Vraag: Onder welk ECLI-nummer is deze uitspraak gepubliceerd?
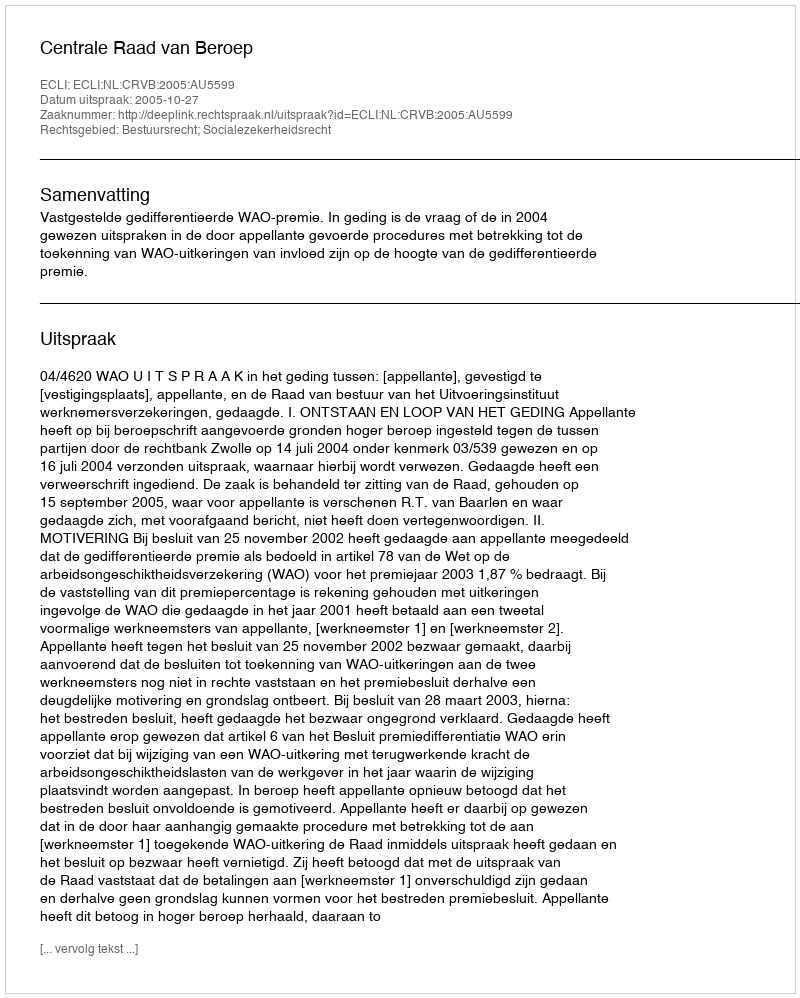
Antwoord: ECLI:NL:CRVB:2005:AU5599